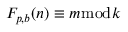
F _ { p , b } ( n ) \equiv m { \bmod { k } }